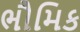
ભૌમિક